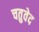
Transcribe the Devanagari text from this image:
चतुवेद